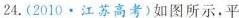
4.(2010·江苏高考)如图所示，平